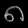
Digit: ၈